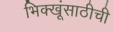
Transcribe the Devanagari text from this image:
भिक्खूंसाठीची